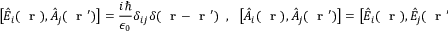
\left[ \hat { E } _ { i } ( \mathrm { ~ \bf ~ r ~ } ) , \hat { A } _ { j } ( \mathrm { ~ \bf ~ r ~ } ^ { \prime } ) \right] = \frac { i \hbar } { \epsilon _ { 0 } } \delta _ { i j } \delta ( \mathrm { ~ \bf ~ r ~ } - \mathrm { ~ \bf ~ r ~ } ^ { \prime } ) \; \; , \; \; \left[ \hat { A } _ { i } ( \mathrm { ~ \bf ~ r ~ } ) , \hat { A } _ { j } ( \mathrm { ~ \bf ~ r ~ } ^ { \prime } ) \right] = \left[ \hat { E } _ { i } ( \mathrm { ~ \bf ~ r ~ } ) , \hat { E } _ { j } ( \mathrm { ~ \bf ~ r ~ } ^ { \prime } ) \right] = 0